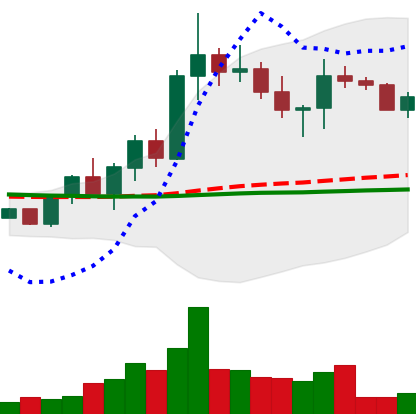
Ticker: XRP-USD
Chart end date: 2022-10-03
Forward return: 11.717%
Label: up_7plus